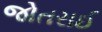
જોતરાઈ